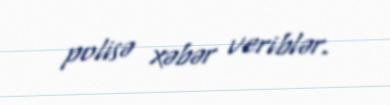
polisə xəbər veriblər.